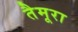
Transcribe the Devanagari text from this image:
तैमूरा